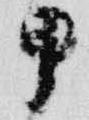
甲